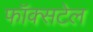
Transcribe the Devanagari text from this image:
फॉक्‍सटेल